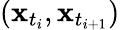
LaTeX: (\mathbf{x}_{t_{i}},\mathbf{x}_{t_{i+1}})